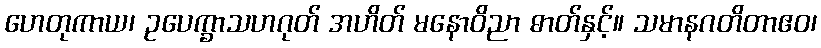
ဟေတုကာယ၊ ဥပေက္ခာသဟဂုတ် အဟိတ် မနောဝိညာ ဓာတ်နှင့်။ သမာနဂတိတာဧဝ၊